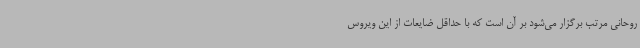
روحانی مرتب برگزار می‌شود بر آن است که با حداقل ضایعات از این ویروس